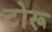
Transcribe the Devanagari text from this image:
टोरू